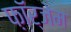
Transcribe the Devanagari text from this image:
फ़ॉर्जेम